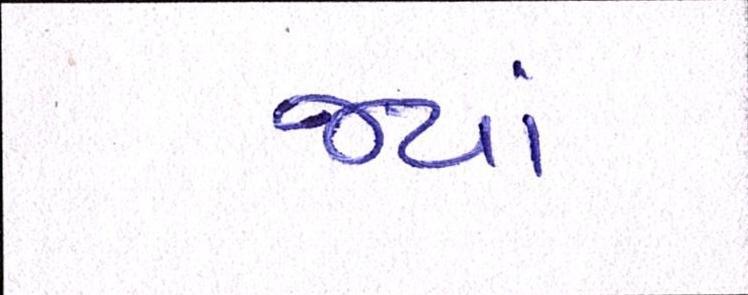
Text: જ્યાં